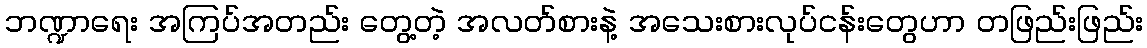
ဘဏ္ဍာရေး အကြပ်အတည်း တွေ့တဲ့ အလတ်စားနဲ့ အသေးစားလုပ်ငန်းတွေဟာ တဖြည်းဖြည်း